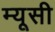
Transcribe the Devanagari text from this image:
म्यूसी